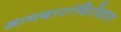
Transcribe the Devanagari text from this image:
आमदारांविरोधात